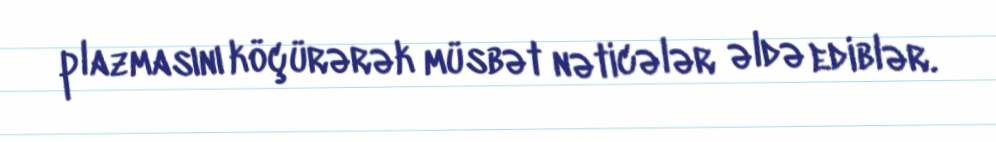
plazmasını köçürərək müsbət nəticələr əldə ediblər.